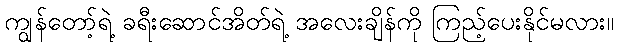
ကျွန်တော့်ရဲ့ ခရီးဆောင်အိတ်ရဲ့ အလေးချိန်ကို ကြည့်ပေးနိုင်မလား။